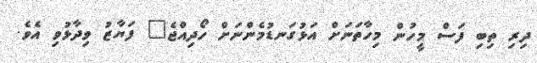
ދިރި ތިބި ފަސް މީހުން މިހާތަނަށް އަޅުގަނޑުމެންނަށް ހޯދިއްޖެ" ފަޔާޒު ވިދާޅުވި އެވެ.